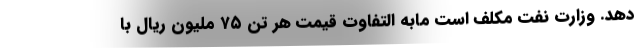
دهد. وزارت نفت مکلف است مابه التفاوت قیمت هر تن ۷۵ ملیون ریال با